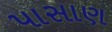
પાસાણ